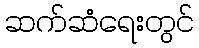
ဆက်ဆံရေးတွင်